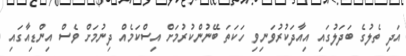
އަދި ތެލުގެ ބަދަލުގައި އިއާދަކުރުވަނިވި ހަކަތަ ބޭނުންކުރުމަށް އިސްކަމެއް ދިނުމަށް ވެސް އިންޑިއާގައި